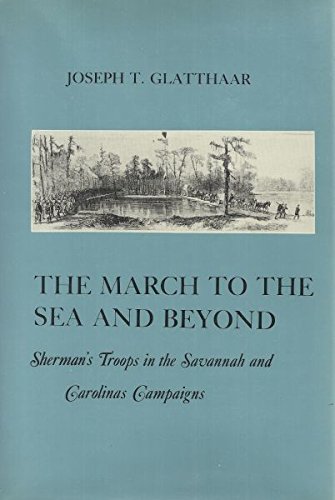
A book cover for The March to the Sea and Beyond: Sherman's Troops in the Savannah and Carolinas Campaigns (American Social Experience Series, Volume 1); Joseph T. Glatthaar; Crafts, Hobbies & Home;